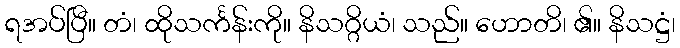
ရအပ်ပြီ။ တံ၊ ထိုသင်္ကန်းကို။ နိသဂ္ဂိယံ၊ သည်။ ဟောတိ၊ ၏။ နိသဋ္ဌံ၊